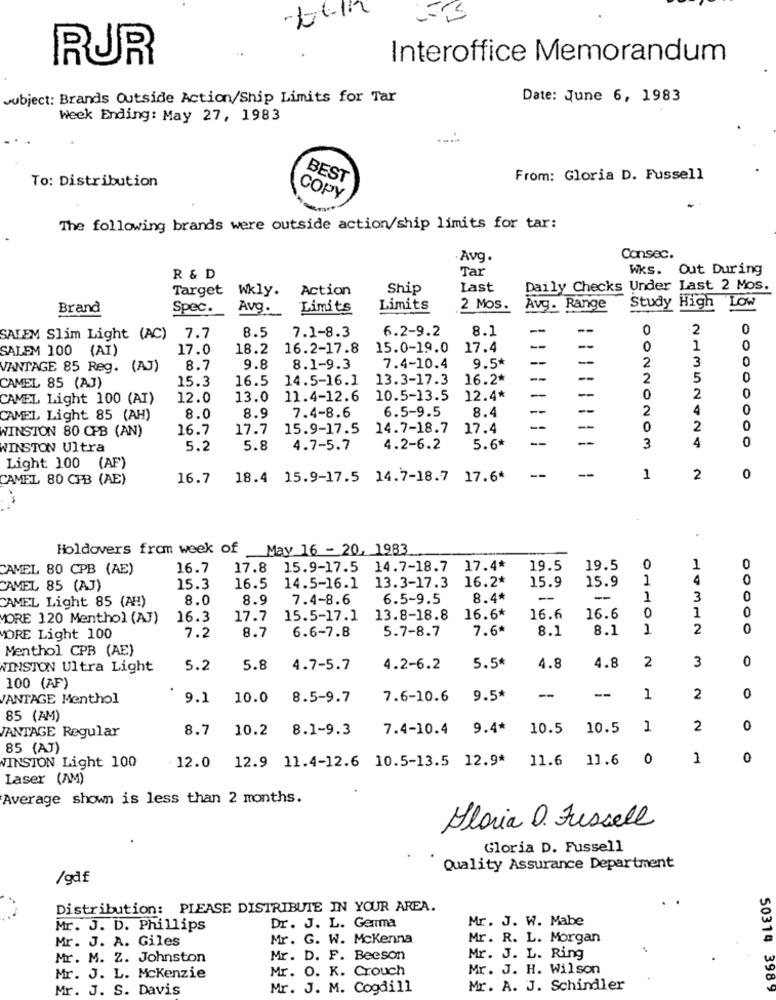
RUR
Interoffice Memorandum
subject: Brands Outside Action/Ship Limits for Tar
Date: June 6, 1983
Week Ending: May 27, 1983
To: Distribution
BEST
From: Gloria D. Fussell
COPY
The following brands were outside action/ship limits for tar:
-Avg.
Consec.
Tar
WKs. Out During
R & D
Target Wkly.
Action
Ship
Last
Daily Checks Under Last 2 Mos.
Study High Low
Brand
Spec.
Avg.
Limits
Limits
2 Mos.
Avg. Range
7.1-8.3
6.2-9.2
8.1
--
2
0
SALEM Slim Light (AC) 7.7
8.5
17.0
18.2
16.2-17.8
15.0-19.0
17.4
--
1
0
SALEM 100 (AI)
--
2
3
VANTAGE 85 Reg. (AJ)
8.7
9.8
8.1-9.3
7.4-10.4
9.5*
ON
15.3
16.5
14.5-16.1
13.3-17.3
16.2*
--
--
2
5
0
CAMEL 85 (AJ)
0
CAMEL Light 100 (AT)
12.0
13.0
11.4-12.6
10.5-13.5
12.4*
-
0
2
8.9
7.4-8.6
6.5-9.5
8.4
-
--
2
4
0
CAMEL Light 85 (AH)
8.0
WINSTON 80 CPB (AN)
16.7
17.7
15.9-17.5
14.7-18.7
17.4
-
0
2
0
4
0
WINSTON Ultra
5.2
5.8
4.7-5.7
4.2-6.2
5.6*
3
Light 100 (AF)
--
CAMEL 80 CPB (AE)
16.7
18.4 15.9-17.5 14.7-18.7 17.6*
1
2
0
Holdovers from week of May 16 - 20, 1983
CAMEL 80 CPB (AE)
16.7
17.8 15.9-17.5
14.7-18.7
17.4*
19.5
19.5
0
1
0
13.3-17.3
16.2*
15.9
15.9
1
4
0
CAMEL 85 (AJ)
15.3
16.5
14.5-16.1
CAMEL Light 85 (AH!)
8.0
8.9
7.4-8.6
6.5-9.5
8.4*
-
-
3
0
1
0
MORE 120 Menthol (AJ)
16.3
17.7
15.5-17.1
13.8-18.8
16.6*
16.6
16.6
10
8.7
6.6-7.8
5.7-8.7
7.6ª
8.1
8.1
1
2
0
ORE Light 100
7.2
Menthol CPB (AE)
2
3
0
WINSTON Ultra Light
5.2
5.8
4.7-5.7
4.2-6.2
5.5*
1.8
4.8
100 (AF)
VANTAGE Menthol
9.1
10.0
8.5-9.7
7.6-10.6
9.5*
--
--
1
2
0
85 (AM)
ANTAGE Regular
8.7
10.2 8.1-9.3
7.4-10.4
9.4*
10.5
10.5
1
2
0
85 (AT)
12.0 12.9 11.4-12.6 10.5-13.5 12.9*
11.6
11.6
0
1
0
WINSTON Light 100
Laser (AM)
Average shown is less than 2 months.
Floria O. Fussell
Gloria D. Fussell
Quality Assurance Department
/gd£
Distribution: PLEASE DISTRIBUTE IN YOUR AREA.
Mr. J. W. Mabe
Mr. J. D. Phillips
Dr. J. L. Genma
Mr. J. A. Giles
Mr. G. W. Mckenna
Mr. R. L. Morgan
Mr. M. Z. Johnston
Mr. D. F. Beeson
Mr. J. L. Ring
Mr. O. K. Crouch
Mr. J. H. Wilson
Mr. J. L. Mckenzie
Mr. J. S. Davis
Mr. J. M. Cogdill
Mr. A. J. Schindler
50314 3989